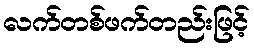
လက်တစ်ဖက်တည်းဖြင့်